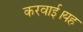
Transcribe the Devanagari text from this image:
करवाई।यह